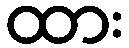
ထား